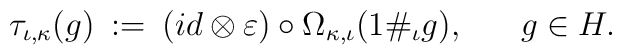
\tau_{\iota, \kappa} (g) \: := \: (id \otimes \varepsilon ) \circ \Omega_{\kappa, \iota} (1 \#_{\iota} g), \hspace{0.7cm} g \in  H  .